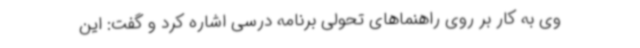
وی به کار بر روی راهنماهای تحولی برنامه درسی اشاره کرد و گفت: این